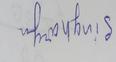
Signature authenticity: forged